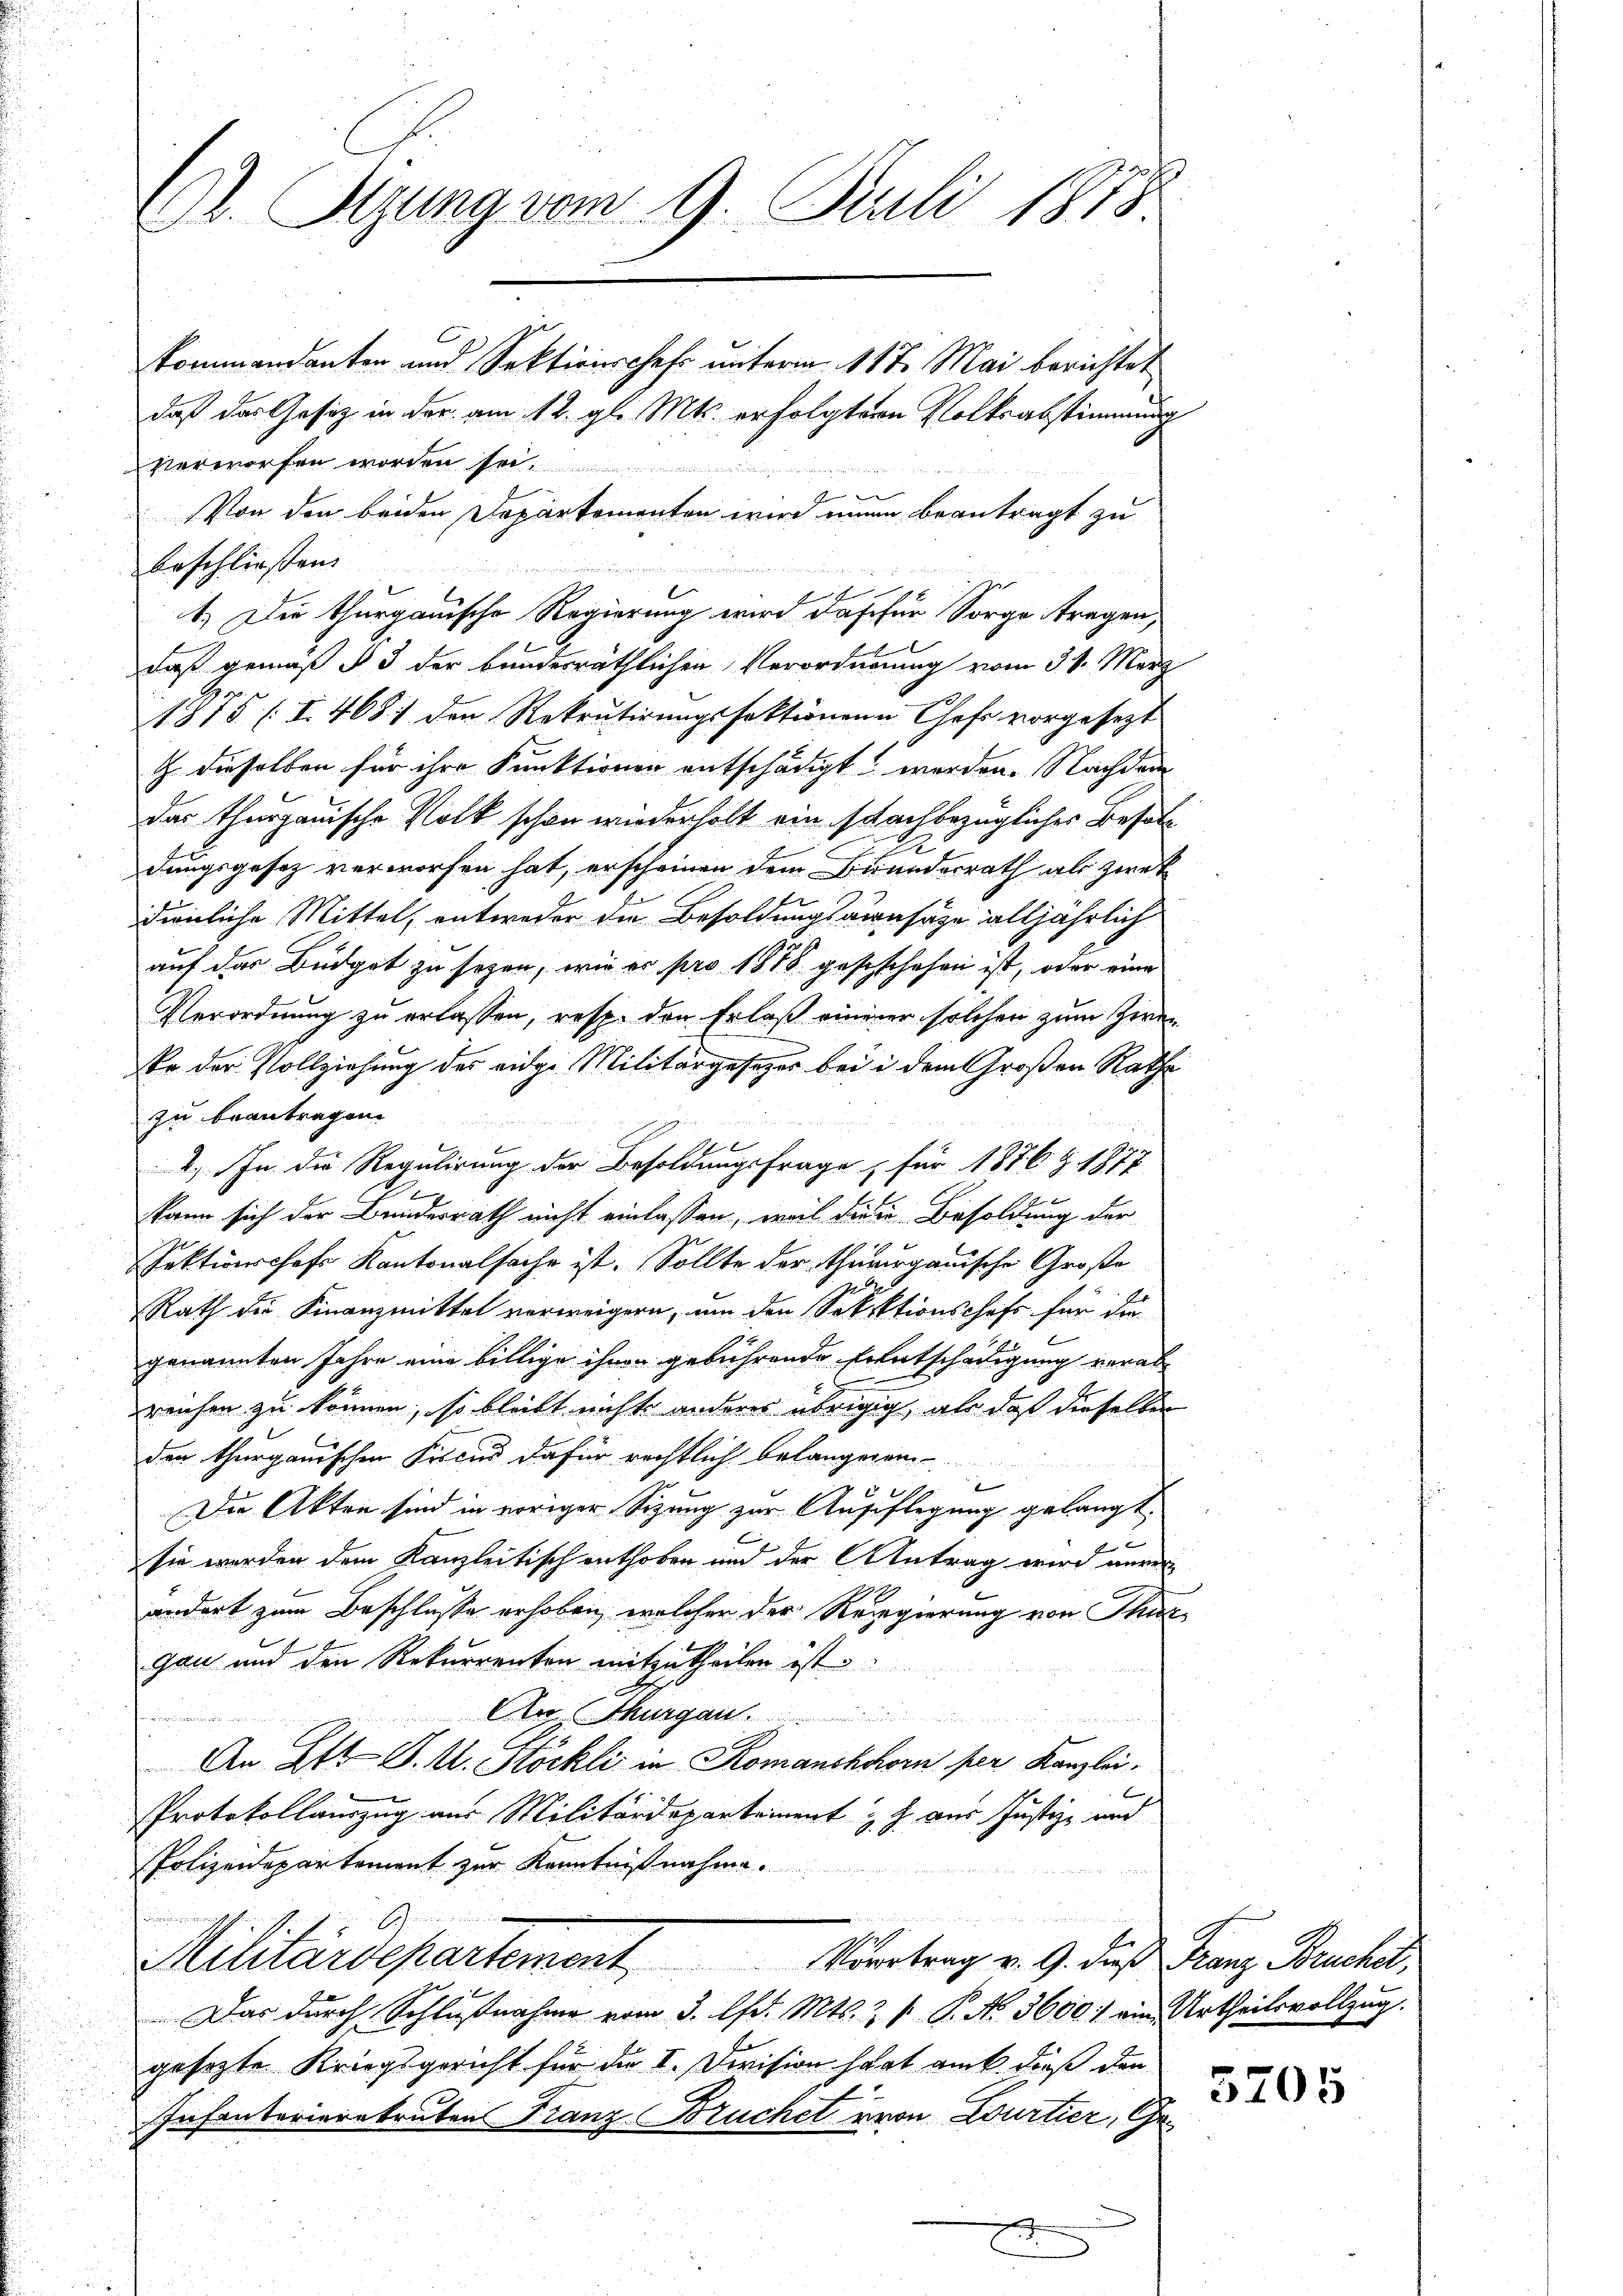
E. Tizung vom 9. Juli 1873

kommandanten und Sektionschehr unterm 11ten Mai berichtet
daß das Gesiz in der am 12. gl. Mts. erfolgtern Volksabstimmung
verworfen worden sei.
Von den beiden Departementen wird einen beantragt zu
beschließen.

E
1.) Die thurgauische Regierung wird das für Sorge tragen,
daß gemäß § 3 der bundesräthlichen Verordnung vom 31. März
.
1815 (I. 4681 den Rekrutirungsfaktionen Chefs vorgesezt
Z. dieselben für ihre Funktionen entschädigt werden. Nachdem
das Thurgauische Volk schon wiederholt ein schachbezüglicher Besatdungsgesetz verworfen hat, erscheinen dem Beundesrath als zwek
dienliche Mittel, entweder die Besoldungsansaze alljährlich
auf das Büdget zu sezen, wie er pro 1878 geschschehen ist, oder eine
Verordnung zu erlassen, resp. den Erlaß einener solchen zum Zwei-
kr. der Vollziehung des eidge Militärgesetzes bei in dem Großen Rathe
zu beantragen.
x
x
2.) In die Regulirung der Besoldungsfrage, für 1876 § 1877
kann sich der Bundesrath nicht einlassen, weil die in Besoldung der
Sektionschaft Kantonalsache ist. Sollte der thurerganische Große
Rath die Finanzmittel verweigern, um den Selektionschaft für die
genannten Jahre eine billige ihnen gebührende Entschädigung verabreichen zu können, so bleibt nicht anderes übrigig, als daß dieselben
den thurgauischen Fiscus dafür rechtlich belangeren
2
Die Akten sind in voriger Sizung zur Ausflegung gelangt.
6
sie werden dem Kanzleitisch enthoben und der Antrag wird anrei
andort zum Beschlusse erhoben, welcher der Regierung von Thur
gan und den Rekurrenten mitzutheilen ist
An Thurgau.
An Ztt S. A. Stöckli in Komanshorn per Kanzlei.
Protokollauszug aus Militärdepartement & J. aus Justiz- und
Polizeidepartement zur Kenntnißnahme.
Militärdepartement Vertrag v. 9. daß Franz Brucker,
Das durch Schlußnahme vom 3. d. Mts. 3 f. P. Nr. 3600. ein Urtheilsvollzug.
gesezte Kriegsgericht für die I. Division hat auch dieß den
Infanterierekruten Franz Bruchel von Courtier, Ge¬
E

u

5205